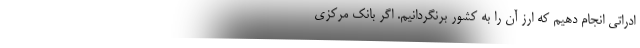
ادراتی انجام دهیم که ارز آن را به کشور برنگردانیم. اگر بانک مرکزی